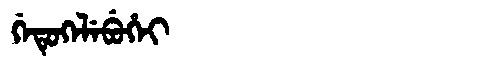
Manchu: ᡤᡝᡨᡠᡴᡝᠯᡝᠪᡠᡥᡝᡳ
Romanization: GETUKELEBUHEI